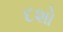
દશો